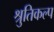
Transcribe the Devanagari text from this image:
श्रुतिकल्प